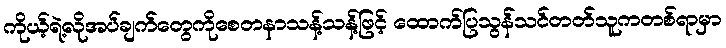
ကိုယ့်ရဲ့လိုအပ်ချက်တွေကိုစေတနာသန့်သန့်ဖြင့် ထောက်ပြသွန်သင်တတ်သူကတစ်ရာမှာ